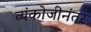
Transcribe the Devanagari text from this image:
व्यंकोजीनंतर